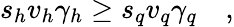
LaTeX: s_{h}v_{h}\gamma_{h}\geq s_{q}v_{q}\gamma_{q}\quad,